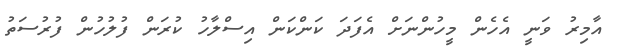
އާމިރު ވަނީ އެހެން މީހުންނަށް އެފަދަ ކަންކަން އިސްލާހު ކުރަން ފުލުހުން ފުރުސަތު